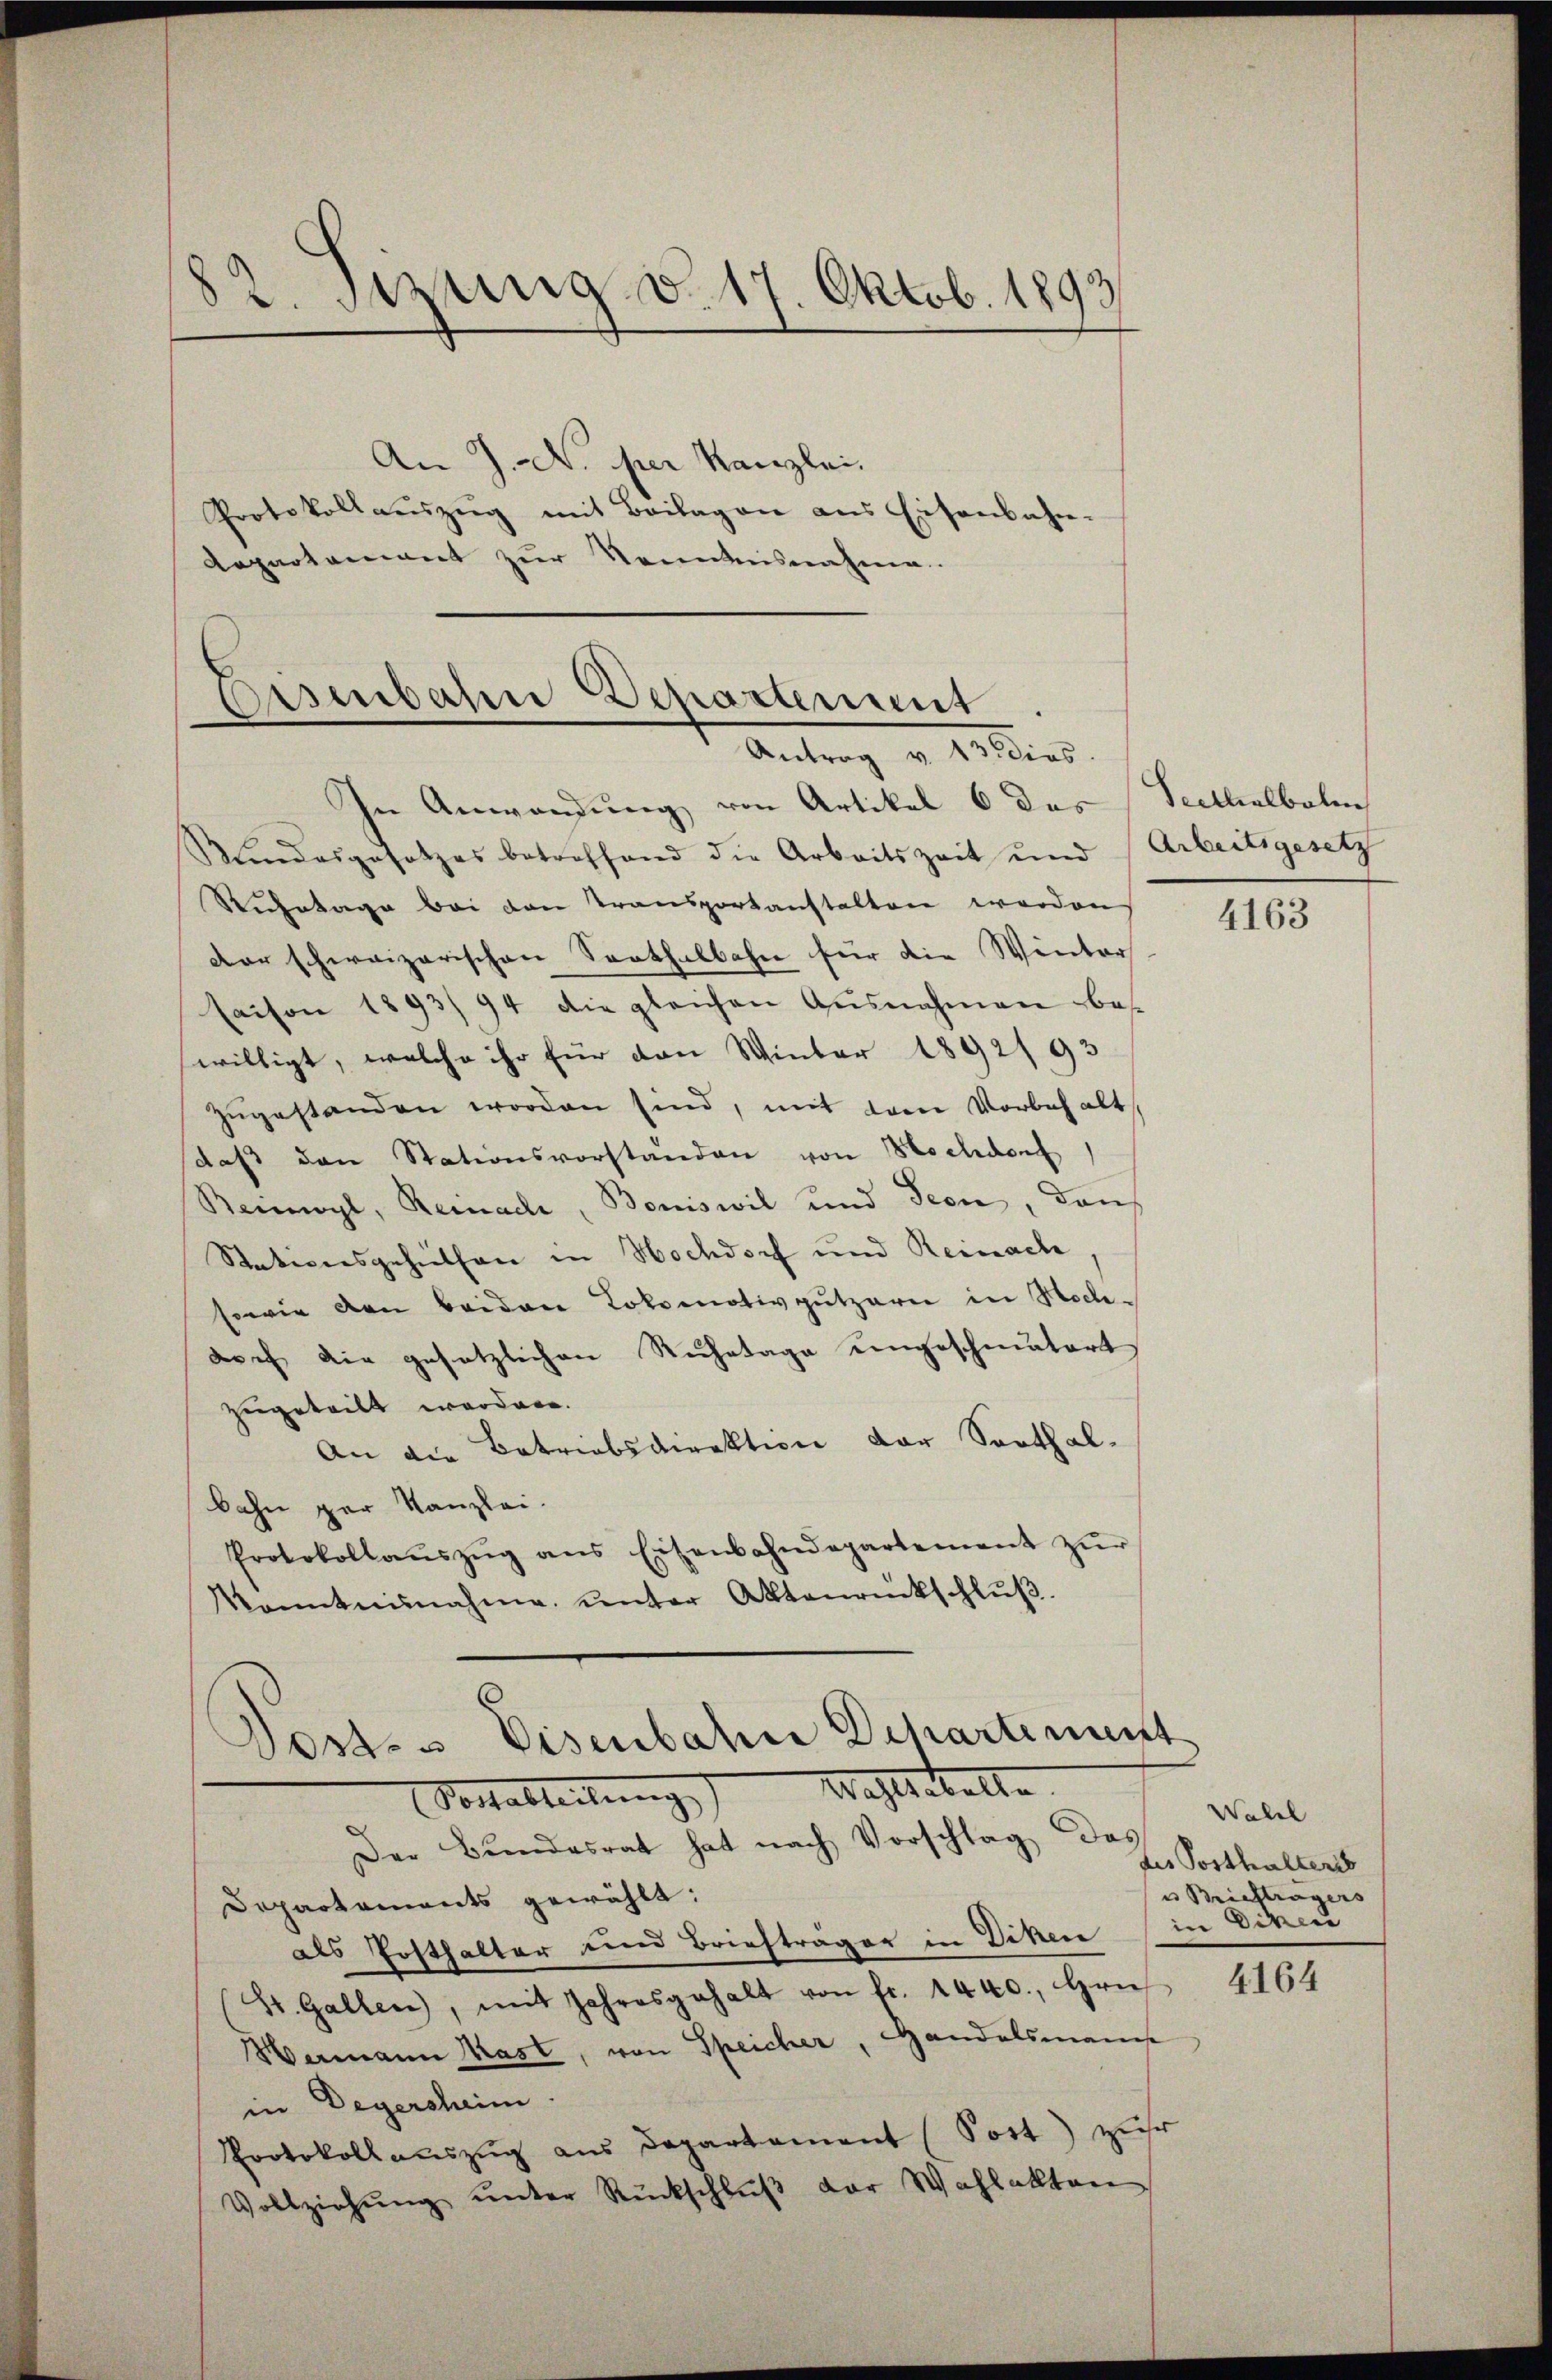
82. Sitzung d. 17. Oktob. 1893

An J. N. per Kanzlei.
Protokollaŭszŭg mit Beilagen aus Eisenbahn-
Aepartement zur Kenntnisnahme.

Eisenbahn Departement
Antrag v. Möllers.

In Anwendung von Artikel 6 das Seethalbolm
Kindesgesetzes betreffend die Arbeitszeit und Arbeitsgesetz
Ruhetage bei den Transportanstalten worden
der schweizerischen Saathalbahn für die Winter
saison 1893/94 die gleichen Ausnahmen be-
willigt, welche ihr für den Winter 1892/93
zŭgestanden worden sind, mit den Vorbehalt
daß den Stationsvorstanden von Hochden
Beinwyl, Reinach, Boniswil und Seen, den
Stationsgehiethen in Hochdorf und Reinach
sowie den beiden Lokomotivputzern in Hochdoch die gesetzlichen Ruhetage eingeschmatert,
zugeteilt werden.
An die Betriebsdirektion der Sorthalbahn par Kanzlei.
Protokollaŭszŭg ans Eisenbahndepartement zŭr
kanntnisnahme, ŭnter Aktenrückschlŭβ.

Sest. - Eisenbahn Departement
Wahlseelte.
Vortableitung

Der Bŭndesrat hat nach Vorschlag das
Departements gewählt:
als Posthalter und Briefträger in Diken in Diken
St. Gallen, mit Jahresgehalt von fr. 1440. Grie
Hermann Kast, von Speicher, Handelsmanns
in Degersheim.
Protokollauszug aus Departement (Sort) zur
Vollziehŭng ŭnter Rückschlŭβ der Wahlakten

4163

Wahel
des Posthalteris
u Briefträgers

4164